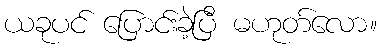
ယခုပင် ပြောင်းခဲ့ပြီ မဟုတ်လော။